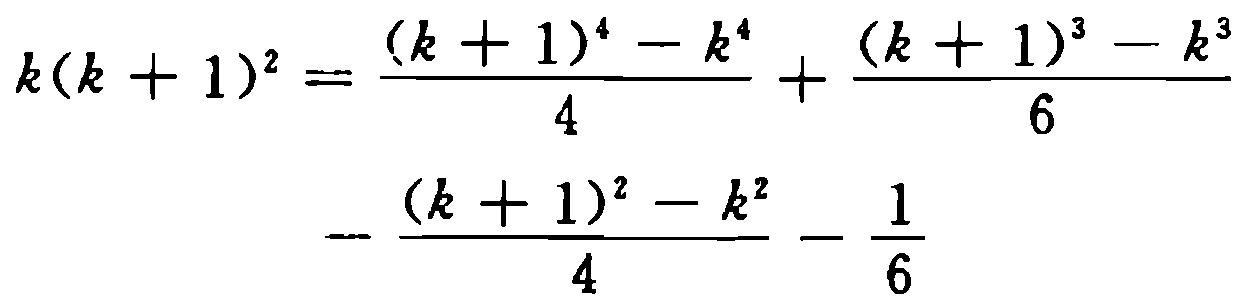
\[

\begin{align*}

k(k + 1)^2&=\frac{(k + 1)^4 - k^4}{4}+\frac{(k + 1)^3 - k^3}{6}\\

&-\frac{(k + 1)^2 - k^2}{4}-\frac{1}{6}

\end{align*}

\]